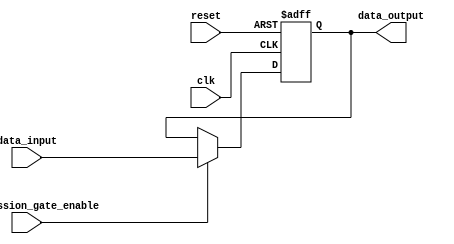
module Timing_Control_and_Synchronization_Block (
    input wire clk,
    input wire reset,
    input wire transmission_gate_enable,
    input wire [7:0] data_input,
    output reg [7:0] data_output
);

reg [7:0] internal_data;

always @(posedge clk or posedge reset) begin
    if (reset) begin
        internal_data <= 8'b0;
    end else begin
        if (transmission_gate_enable) begin
            internal_data <= data_input;
        end
    end
end

assign data_output = internal_data;

endmodule